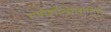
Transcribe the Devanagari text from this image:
गणेशोत्सवानंतर